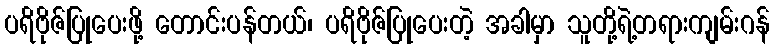
ပရိဗိုဇ်ပြုပေးဖို့ တောင်းပန်တယ်၊ ပရိဗိုဇ်ပြုပေးတဲ့ အခါမှာ သူတို့ရဲ့တရားကျမ်းဂန်